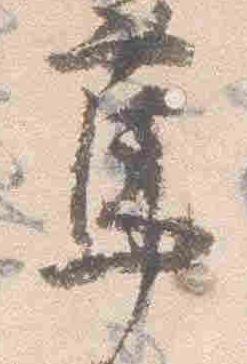
篤